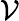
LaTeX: \mathcal{V}